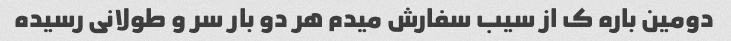
دومین باره ک از سیب سفارش میدم هر دو بار سر و طولانی رسیده